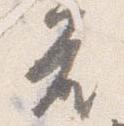
座